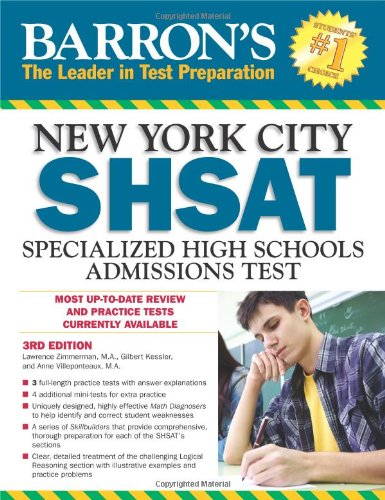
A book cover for Barron's New York City SHSAT, 3rd Edition: Specialized High Schools Admissions Test (Barron's Shsat); Lawrence Zimmerman; Test Preparation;